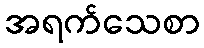
အရက်သေစာ